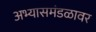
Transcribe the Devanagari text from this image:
अभ्यासमंडळावर